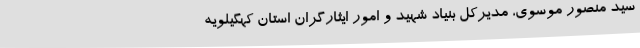
سید منصور موسوی، مدیرکل بنیاد شهید و امور ایثارگران استان کهگیلویه